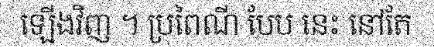
ឡើងវិញ ។ ប្រពៃណី បែប នេះ នៅតែ